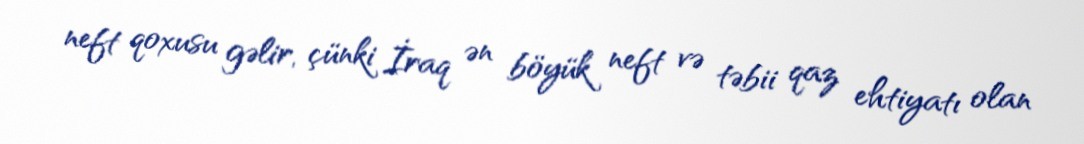
neft qoxusu gəlir, çünki İraq ən böyük neft və təbii qaz ehtiyatı olan